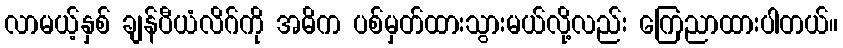
လာမယ့်နှစ် ချန်ပီယံလိဂ်ကို အဓိက ပစ်မှတ်ထားသွားမယ်လို့လည်း ကြေညာထားပါတယ်။